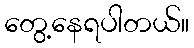
တွေ့နေရပါတယ်။